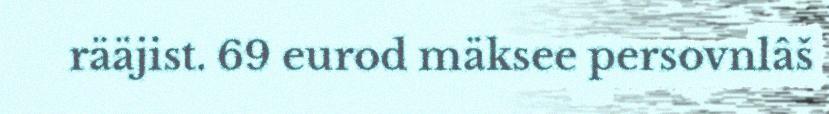
rääjist. 69 eurod mäksee persovnlâš